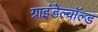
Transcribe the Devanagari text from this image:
ग्राइंडेल्वॉल्ड